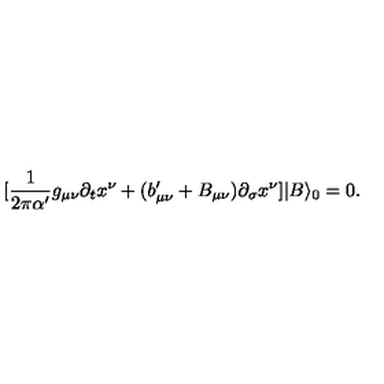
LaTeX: [ \frac { 1 } { 2 \pi \alpha ^ { \prime } } g _ { \mu \nu } \partial _ { t } x ^ { \nu } + ( b _ { \mu \nu } ^ { \prime } + B _ { \mu \nu } ) \partial _ { \sigma } x ^ { \nu } ] | B \rangle _ { 0 } = 0 .